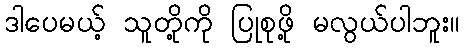
ဒါပေမယ့် သူတို့ကို ပြုစုဖို့ မလွယ်ပါဘူး။